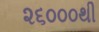
૨૬૦૦૦થી